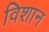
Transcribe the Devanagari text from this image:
विशान